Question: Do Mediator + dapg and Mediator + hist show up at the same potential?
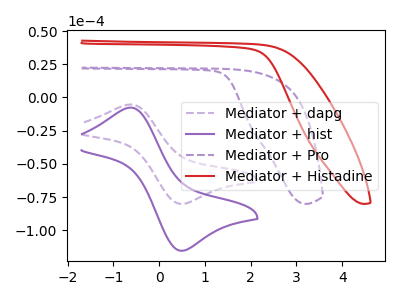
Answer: <think>The purple dashed curve "Mediator + dapg" has an anodic peak at (-0.65V, -5.30uA) and a cathodic peak at (0.50V, -80.15uA). The purple curve "Mediator + hist" has an anodic peak at (-0.65V, -7.65uA) and a cathodic peak at (0.50V, -115.45uA). The purple dashed curve "Mediator + Pro" has no peaks. The red curve "Mediator + Histadine" has no peaks.
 All the peaks in "Mediator + dapg" have a peak in "Mediator + hist" at the same potential.</think>
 <answer>"Mediator + dapg" and "Mediator + hist" are similar in shape.</answer>
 <eval>same_shape</eval>